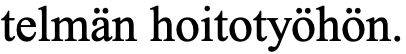
telmän hoitotyöhön.